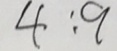
4 : 9